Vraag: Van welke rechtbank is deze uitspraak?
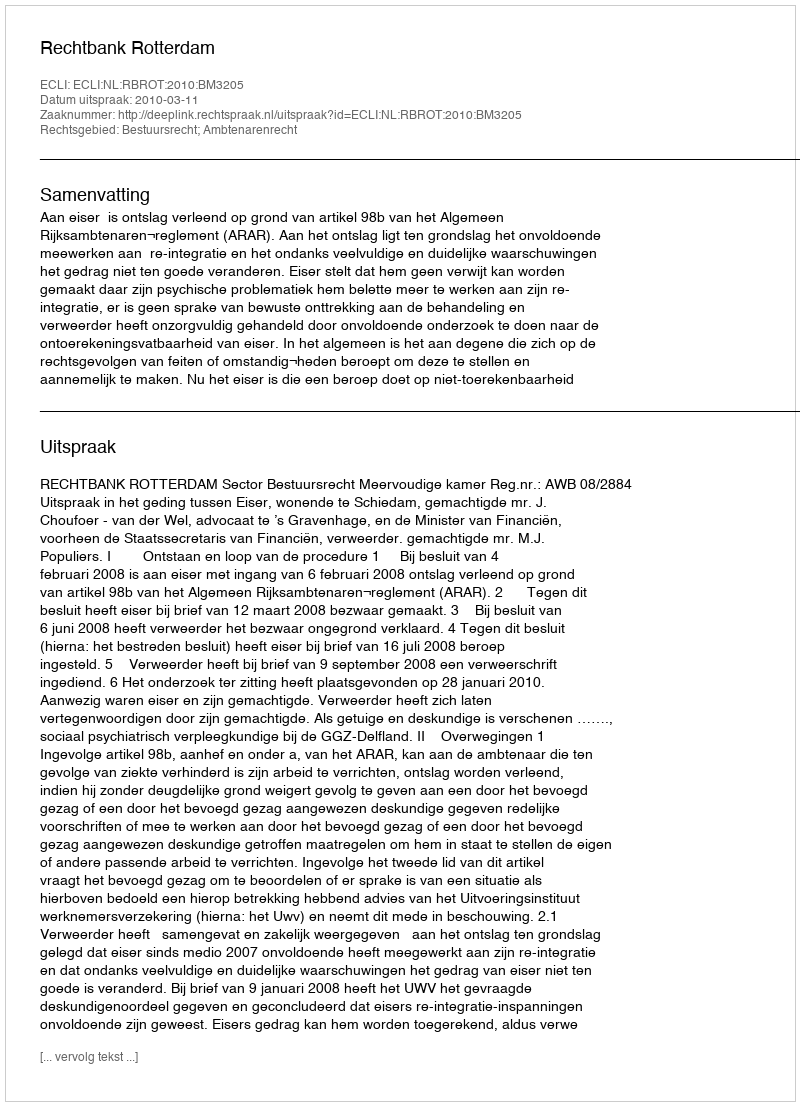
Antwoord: Rechtbank Rotterdam